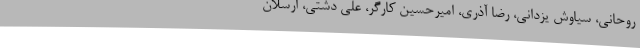
روحانی، سیاوش یزدانی، رضا آذری، امیرحسین کارگر، علی دشتی، ارسلان